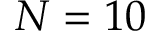
N = 1 0